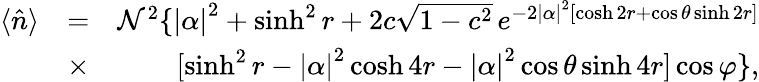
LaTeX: \begin{array}{rlr}{\langle\hat{n}\rangle}&{=}&{\mathcal{N}^{2}\{ \left|\alpha\right|^{2}+\sinh^{2}r+2c\sqrt{1-c^{2}}\, e^{-2\left|\alpha\right|^{2}\left[\cosh 2r+\cos\theta\sinh 2r\right]}}\\ &{\times}&{[\sinh^{2}r-\left|\alpha\right|^{2}\cosh 4r-\left|\alpha\right|^{2}\cos\theta\sinh 4r]\cos\varphi\} ,}\end{array}